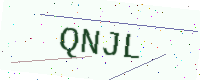
Text: QNJL